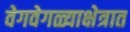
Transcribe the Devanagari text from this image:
वेगवेगळ्याक्षेत्रात